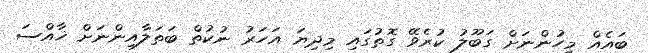
ބައެއް މީހުންނަށް ގަބޫލު ކުރެވޭ ގޮތުގައި މިދިޔަ އަހަރު ނުކުތް ބަތަލާއިންނަށް ޚާއްސަ